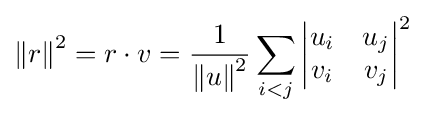
{\Vert r\Vert }^{2}=r\cdot v={\frac {1}{{\Vert {u}\Vert }^{2}}}\sum _{i<j}{\begin{vmatrix}u_{i}&u_{j}\\v_{i}&v_{j}\end{vmatrix}}^{2}